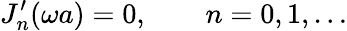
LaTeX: J_{n}^{\prime}(\omega a)=0,\qquad n=0,1,\ldots